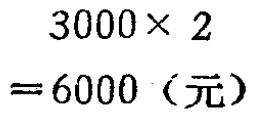
\[
\begin{align*}
3000\times 2\\
= 6000（元）
\end{align*}
\]